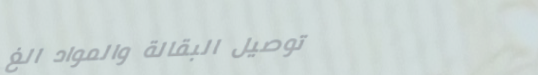
توصيل البقالة والمواد الغ